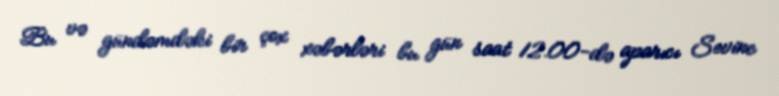
Bu və gündəmdəki bir çox xəbərləri bu gün saat 12.00-də aparıcı Sevinc